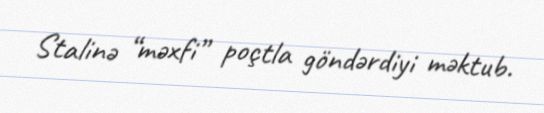
Stalinə “məxfi” poçtla göndərdiyi məktub.